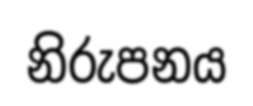
නිරුපනය